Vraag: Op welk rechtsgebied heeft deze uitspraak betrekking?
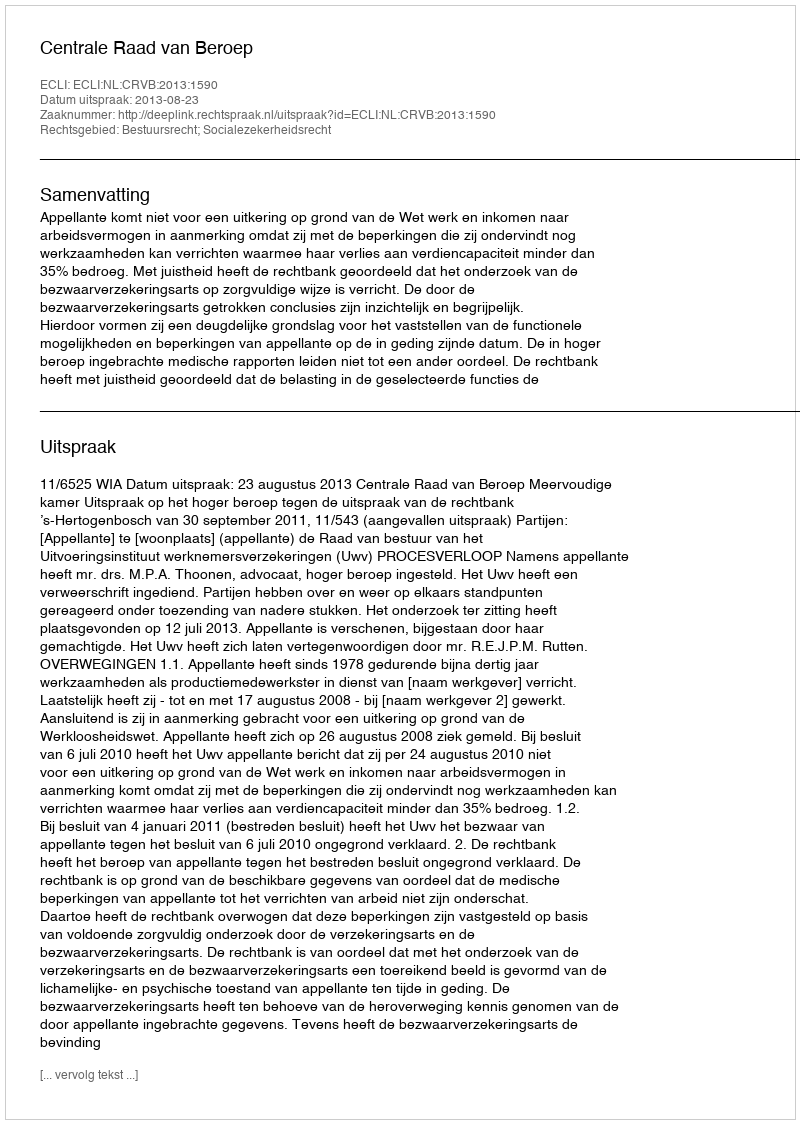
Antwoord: Bestuursrecht; Socialezekerheidsrecht